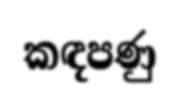
කඳපණු